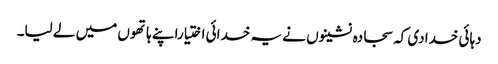
دہائی خدادی کہ سجادہ نشینوں نے یہ خدائی اختیاراپنے ہاتھوں میں لے لیا۔